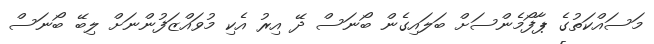
މަސައްކަތުގެ ޕާފޯމެންސަށް ބަލައިގެން ބޯނަސް ދޭ އިރު އެކި މުވައްޒަފުންނަށް ލިބޭ ބޯނަސް